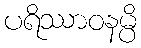
ပရိဿာဝနမ္ပိ